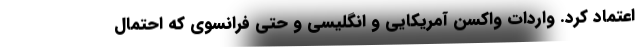
اعتماد کرد. واردات واکسن آمریکایی و انگلیسی و حتی فرانسوی که احتمال